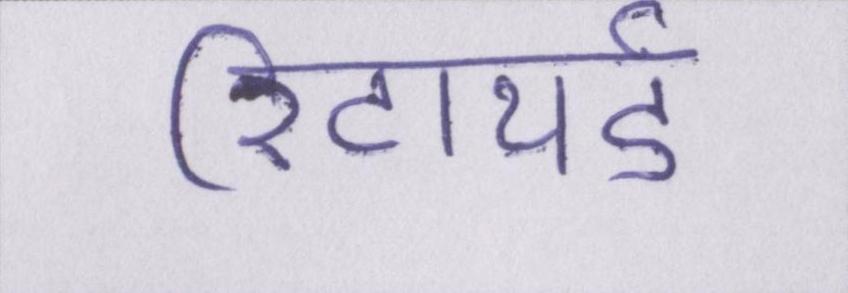
रिटायर्ड